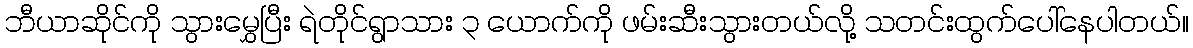
ဘီယာဆိုင်ကို သွားမွှေပြီး ရဲတိုင်ရွာသား ၃ ယောက်ကို ဖမ်းဆီးသွားတယ်လို့ သတင်းထွက်ပေါ်နေပါတယ်။